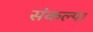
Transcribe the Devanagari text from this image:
संकल्पा